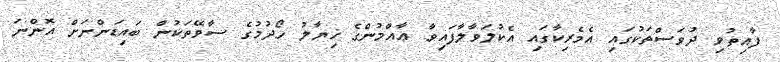
ފާއިތުވި ދުވަސްތަކުގައި އެމެރިކާގައި އެކުލަވާލާފައިވާ ޢާއްމުންގެ ޚިޔާލު ހޯދުމުގެ ސާވޭތަކުން ބައިޑަންނަށް އޮންނަ